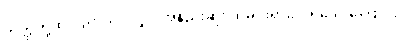
တိတ္ထိတို့ထံ ပညာသင်လျှင် အနည်းဆုံး ထမင်းရှာပေးရသေးကြောင်း